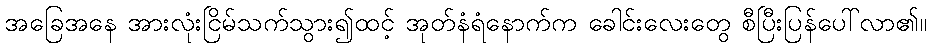
အခြေအနေ အားလုံးငြိမ်သက်သွား၍ထင့် အုတ်နံရံနောက်က ခေါင်းလေးတွေ စီပြီးပြန်ပေါ်လာ၏။